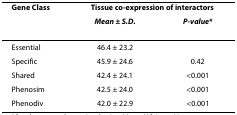
<table><thead><tr><td><b>Gene Class</b></td><td colspan="2"><b>Tissue co-expression of interactors</b></td></tr><tr><td></td><td><b><i>Mean ± S.D.</i></b></td><td><b><i>P-value</i>*</b></td></tr></thead><tbody><tr><td>Essential</td><td>46.4 ± 23.2</td><td></td></tr><tr><td>Specific</td><td>45.9 ± 24.6</td><td>0.42</td></tr><tr><td>Shared</td><td>42.4 ± 24.1</td><td>&lt;0.001</td></tr><tr><td>Phenosim</td><td>42.5 ± 24.0</td><td>&lt;0.001</td></tr><tr><td>Phenodiv</td><td>42.0 ± 22.9</td><td>&lt;0.001</td></tr></tbody></table>